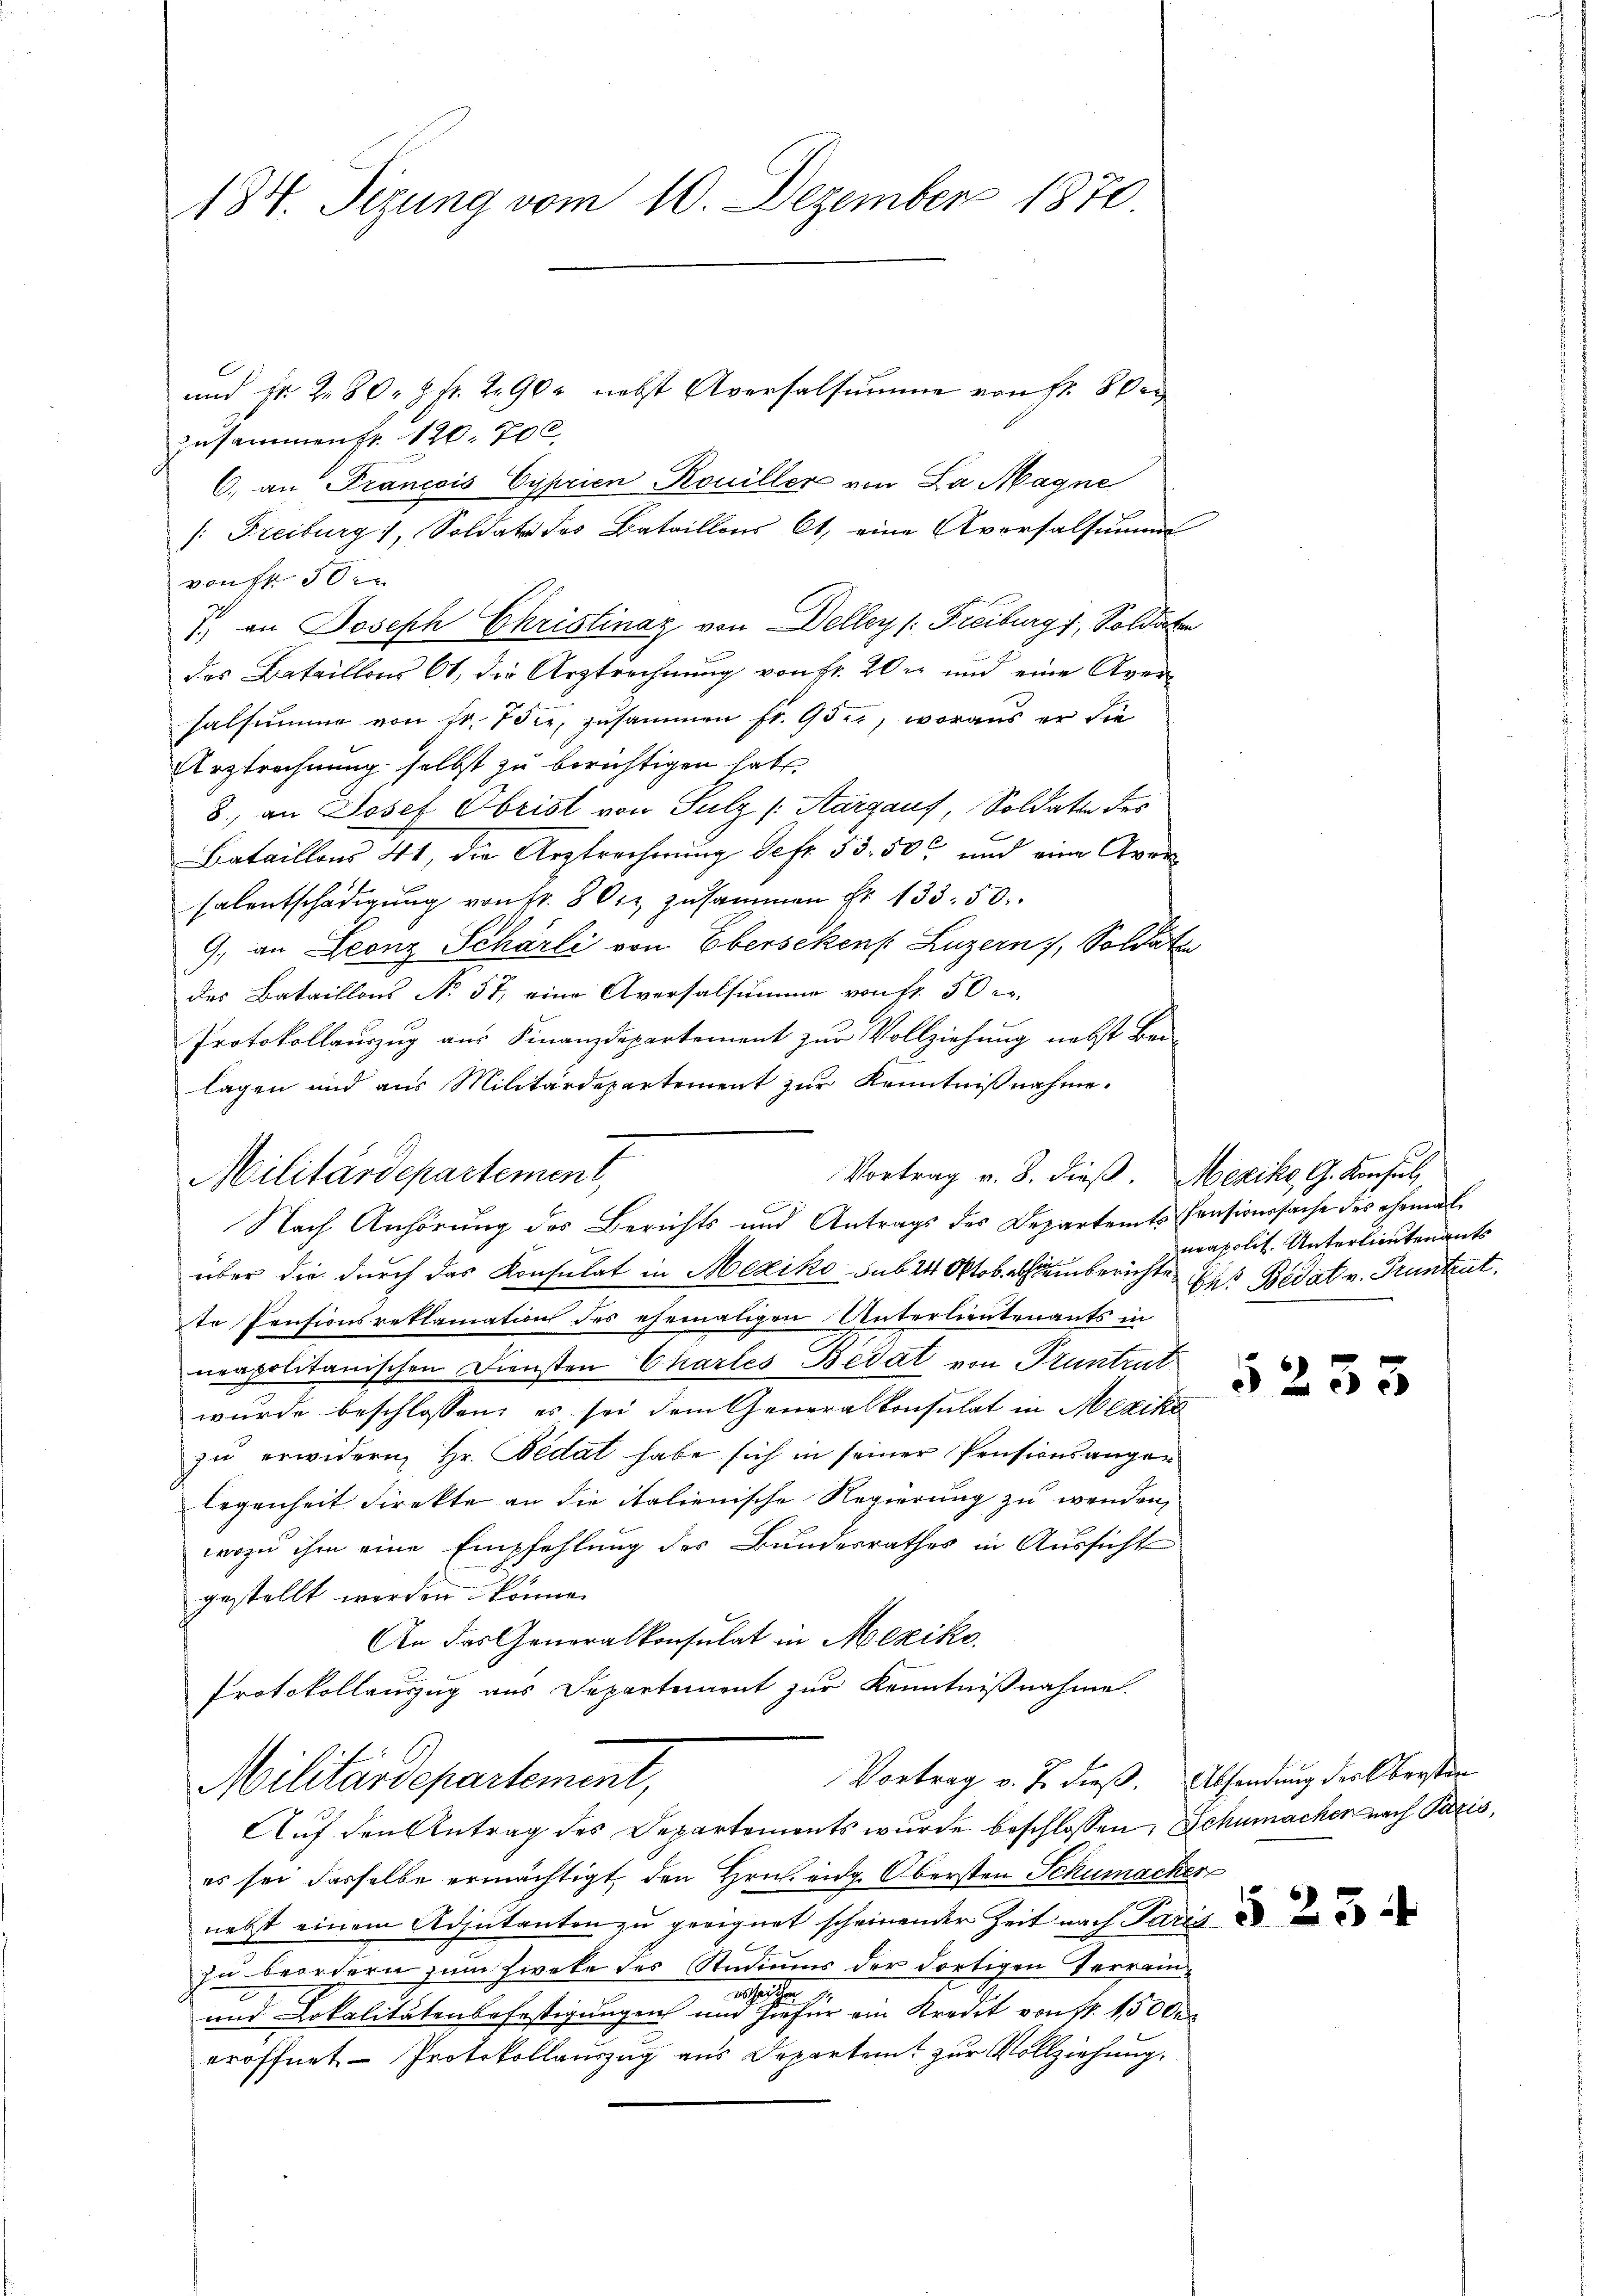
184. Sizung vom 10. Dezember 1870.

und Fr. 2. 80.  Fr. 290 nebst Aversalsumme von fr. 8 der
zusammens 120. 700
6) an Francois Cyprien-Rouiller von La Magne
1: Freiburg, Soldate des Bataillons Ct. eine Aversalsumm
von 30.
7) an Joseph Christinay von Delly /: Freiburg, Soldaten
der Bataillons 61, die Urztrechnung von Hr. Wer und eine Aversalsumme von Fr. 7 der, zusammen fr. 95, woraus er die
Urztrechnung selbst zu berichtigen habe,
8., an Josef Obrist von Sulz (Aargaus, Soldate des
Bataillons 41, die Arztrechnung defr. 33. 50c und eine Aversalentschädigung von fr. 80, zusammen Fr. 133. 50.
9., an Leonz Schörli von Eberschen Luzern, Soldate
des Bataillons No 57, eine Aversalsumme von Fr. 50 er
Protokollauszug aus Finanzdepartement zur Vollziehung nebst Bei-
lagen und aus Militärdepartement zur Kenntnißnahme.
Vortrag v. 8. dieß. Mexiko, G. Konsul,
Militärdepartement,
Nach Anhörung des Berichts und Antrags des Departamts Pensionssache des ehemal
über die durch das Konsulat in Mexiko sub 24 Oktob. Aeberichte des Bedat v. Pruntrut.
te Pensionsreklamations des ehemaligen Unterlieutenants in
neapolitanischen Diensten Charles Bedat von Truntrut
wurde beschlossen; es sei dem Generalkonsulat in Mexiko
zu erwidern, Hr. Pedat habe sich in seiner Pensionsanger
legenheit Direkte an die italienische Regierung zu wenden,
wozu ihm eine Empfehlung des Bundesrathes in Aussicht
gestellt werden könne.
An das Generalkonsulat in Mexiko
Protokollauszug aus Departement zur Kenntnißnahme.

Vortrag v. J. dieß. Absendung des Obersten
Militärdepartement,

Auf den Antrag des Departements wurde beschlossen, Schumachen nach Paris,
es sei dasselbe ermächtigt den Hrn. eng. Obersten Schumacher
nebst einem Adjutanten zu geeignet scheinender Zeit nach Paris
zu beordern zum Zweke des Studiums der dortigen Verreinerhalten
und Lokalitätensbefestigungen und hiefür ein Kredit von 11. 15000
eröffnet - Protokollauszug aus Departent zur Vollziehung.

neapolit. Unterlieutenants

5233